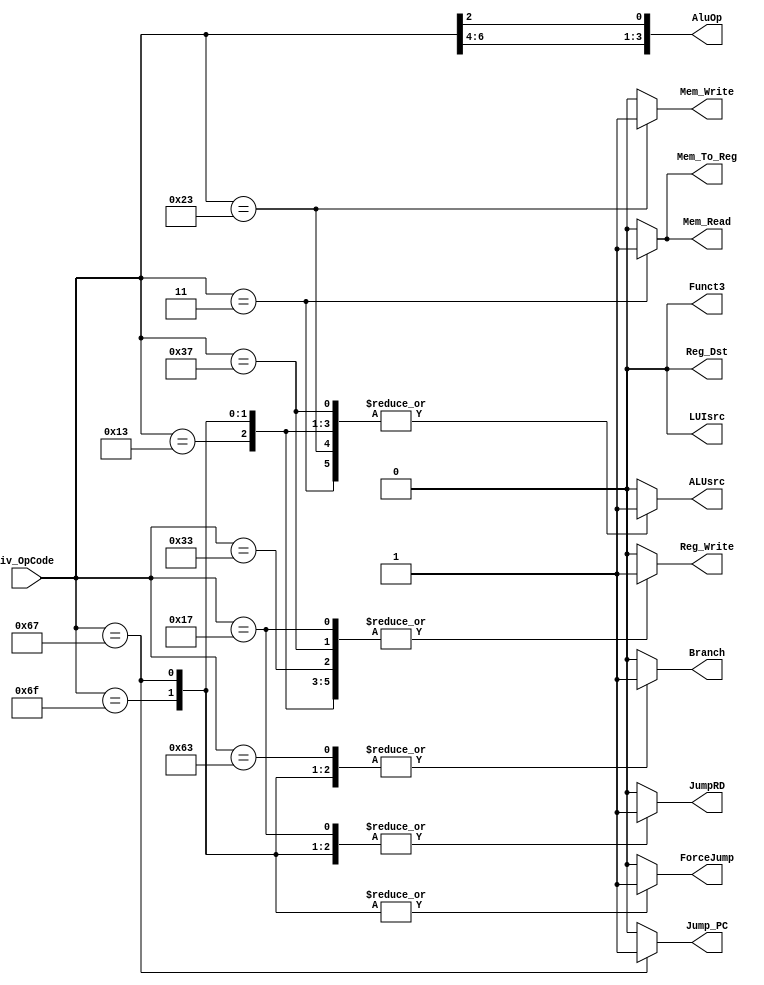
module Control_Unit
#(parameter Type_U = 7'b011_0111,
  parameter Type_J = 7'b110_1111,
  parameter Type_B = 7'b110_0011,
  parameter Type_Ijalr = 7'b110_0111,
  parameter Type_I_l = 7'b000_0011,
  parameter Type_S = 7'b010_0011,
  parameter Type_I = 7'b001_0011,
  parameter Type_R = 7'b011_0011
)(
	input [6:0] iv_OpCode,
	output reg Funct3,
	output reg ForceJump,
	output reg Branch,
	output reg Jump_PC,
	output reg JumpRD,
	output reg Mem_To_Reg,
	output reg Mem_Write,
	output reg Mem_Read,
	output reg ALUsrc,
	output reg LUIsrc,
	output reg [3:0] AluOp,
	output reg Reg_Write,
	
	output reg Reg_Dst
);


always@*
begin
		AluOp = {iv_OpCode[6:4],iv_OpCode[2]};
		case(iv_OpCode)
		
			Type_I_l:
			begin
				ALUsrc = 1;
				Reg_Dst = 0;
				Reg_Write = 1;
				Mem_To_Reg = 1;	
				Mem_Read = 1;
				
				//------Default-------
				Funct3 = 0;
				ForceJump = 0;
				Branch = 0;
				Jump_PC = 0;
				JumpRD = 0;
				Mem_Write = 0;
				LUIsrc = 0;
			end
			
			Type_S:
			begin
				Mem_Write = 1;
				ALUsrc = 1;
				//------Default-------
				Funct3 = 0;
				ForceJump = 0;
				Branch = 0;
				Jump_PC = 0;
				JumpRD = 0;
				Mem_To_Reg = 0;
				Mem_Read = 0;
				LUIsrc = 0;
				Reg_Write= 0;
				Reg_Dst = 0;
			end
			
			Type_I:
			begin
				ALUsrc = 1;
				Reg_Dst = 0;
				Reg_Write = 1;
				Mem_To_Reg = 0;
				//------Default-------
				Funct3 = 0;
				ForceJump = 0;
				Branch = 0;
				Jump_PC = 0;
				JumpRD = 0;
				Mem_Write = 0;
				Mem_Read = 0;
				LUIsrc = 0;
			end
			
			Type_R:
			begin
				Reg_Dst = 0;
				Reg_Write = 1;
				ALUsrc = 0;
				Mem_To_Reg = 0;
				//------Default-------
				Funct3 = 0;
				ForceJump = 0;
				Branch = 0;
				Jump_PC = 0;
				JumpRD = 0;
				Mem_Write = 0;
				Mem_Read = 0;
				LUIsrc = 0;
			end
			
			Type_B:
			begin
				Branch = 1;
				ALUsrc = 0;
				ForceJump = 0;
				//------Default-------
				Funct3 = 0;
				Jump_PC = 0;
				JumpRD = 0;
				Mem_To_Reg = 0;
				Mem_Write = 0;
				Mem_Read = 0;
				LUIsrc = 0;
				Reg_Write= 0;
				Reg_Dst = 0;
			end
			
			Type_J:
			begin
				Branch = 1;
				ForceJump = 1;
				JumpRD = 1;
				Reg_Write= 1;
				ALUsrc = 1;
				Jump_PC = 0;
				//------Default-------
				Funct3 = 0;
				Mem_To_Reg = 0;
				Mem_Write = 0;
				Mem_Read = 0;
				LUIsrc = 0;
				Reg_Dst = 0;
			end
			
			Type_Ijalr:
			begin
				Branch = 1;
				ForceJump = 1;
				JumpRD = 1;
				Reg_Write= 1;
				ALUsrc = 1;
				Jump_PC = 1;
				//------Default-------
				Funct3 = 0;
				Mem_To_Reg = 0;
				Mem_Write = 0;
				Mem_Read = 0;
				LUIsrc = 0;
				Reg_Dst = 0;
			end
			
			Type_U:
			begin
				ALUsrc = 1;
				Mem_To_Reg = 0;
				JumpRD = 0;
				Reg_Write= 1;
				//------Default-------
				Funct3 = 0;
				ForceJump = 0;
				Branch = 0;
				Jump_PC = 0;
				Mem_Write = 0;
				Mem_Read = 0;
				LUIsrc = 0;
				Reg_Dst = 0;
			end
			
			7'b001_0111: //AUIPC
			begin
				JumpRD = 1;
				Reg_Write= 1;
				//------Default-------
				Mem_To_Reg = 0;
				ALUsrc = 0;
				Funct3 = 0;
				ForceJump = 0;
				Branch = 0;
				Jump_PC = 0;
				Mem_Write = 0;
				Mem_Read = 0;
				LUIsrc = 0;
				Reg_Dst = 0;
			end
			
			
			default
			begin
				Funct3 = 0;
				ForceJump = 0;
				Branch = 0;
				Jump_PC = 0;
				JumpRD = 0;
				Mem_To_Reg = 0;
				Mem_Write = 0;
				Mem_Read = 0;
				ALUsrc = 0;
				LUIsrc = 0;
				Reg_Write= 0;
				Reg_Dst = 0;
			end
		endcase
end



endmodule